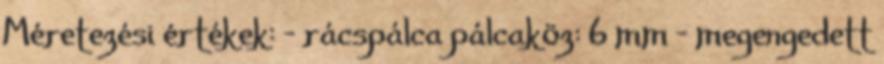
Méretezési értékek: - rácspálca pálcaköz: 6 mm - megengedett